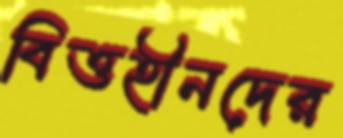
বিত্তহীনদের